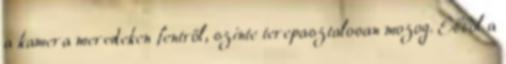
a kamera meredeken fentről, szinte terepasztalosan mozog. Ebből a